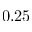
0 . 2 5